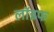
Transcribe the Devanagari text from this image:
लॉइफ